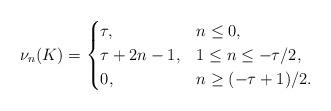
LaTeX: \begin{align*} \nu_n(K) = \begin{cases} \tau, & n \leq 0,\\ \tau + 2n - 1, & 1 \leq n \leq -\tau/2,\\ 0, & n \geq (-\tau+1)/2. \end{cases} \end{align*}